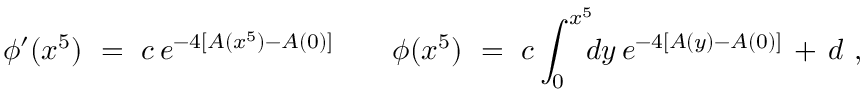
\phi ^ { \prime } ( x ^ { 5 } ) \ = \ c \, e ^ { - 4 [ A ( x ^ { 5 } ) - A ( 0 ) ] } \qquad \phi ( x ^ { 5 } ) \ = \ c \int _ { 0 } ^ { x ^ { 5 } } \! \! \! d y \, e ^ { - 4 [ A ( y ) - A ( 0 ) ] } \, + \, d \ ,